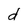
Character: d